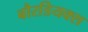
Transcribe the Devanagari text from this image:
बौरडियक्स